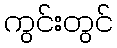
ကွင်းတွင်